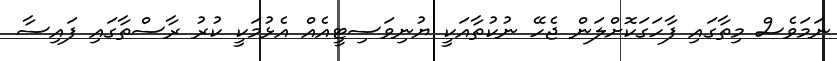
ނަމަވެސް މިތާގައި ފާހަގަކޮށްލަން ޖެހޭ ނުކުތާއަކީ ޔުނިވަސިޓީއެއް އެޅުމަކީ ކުރު ރާސްތާގައި ފައިސާ